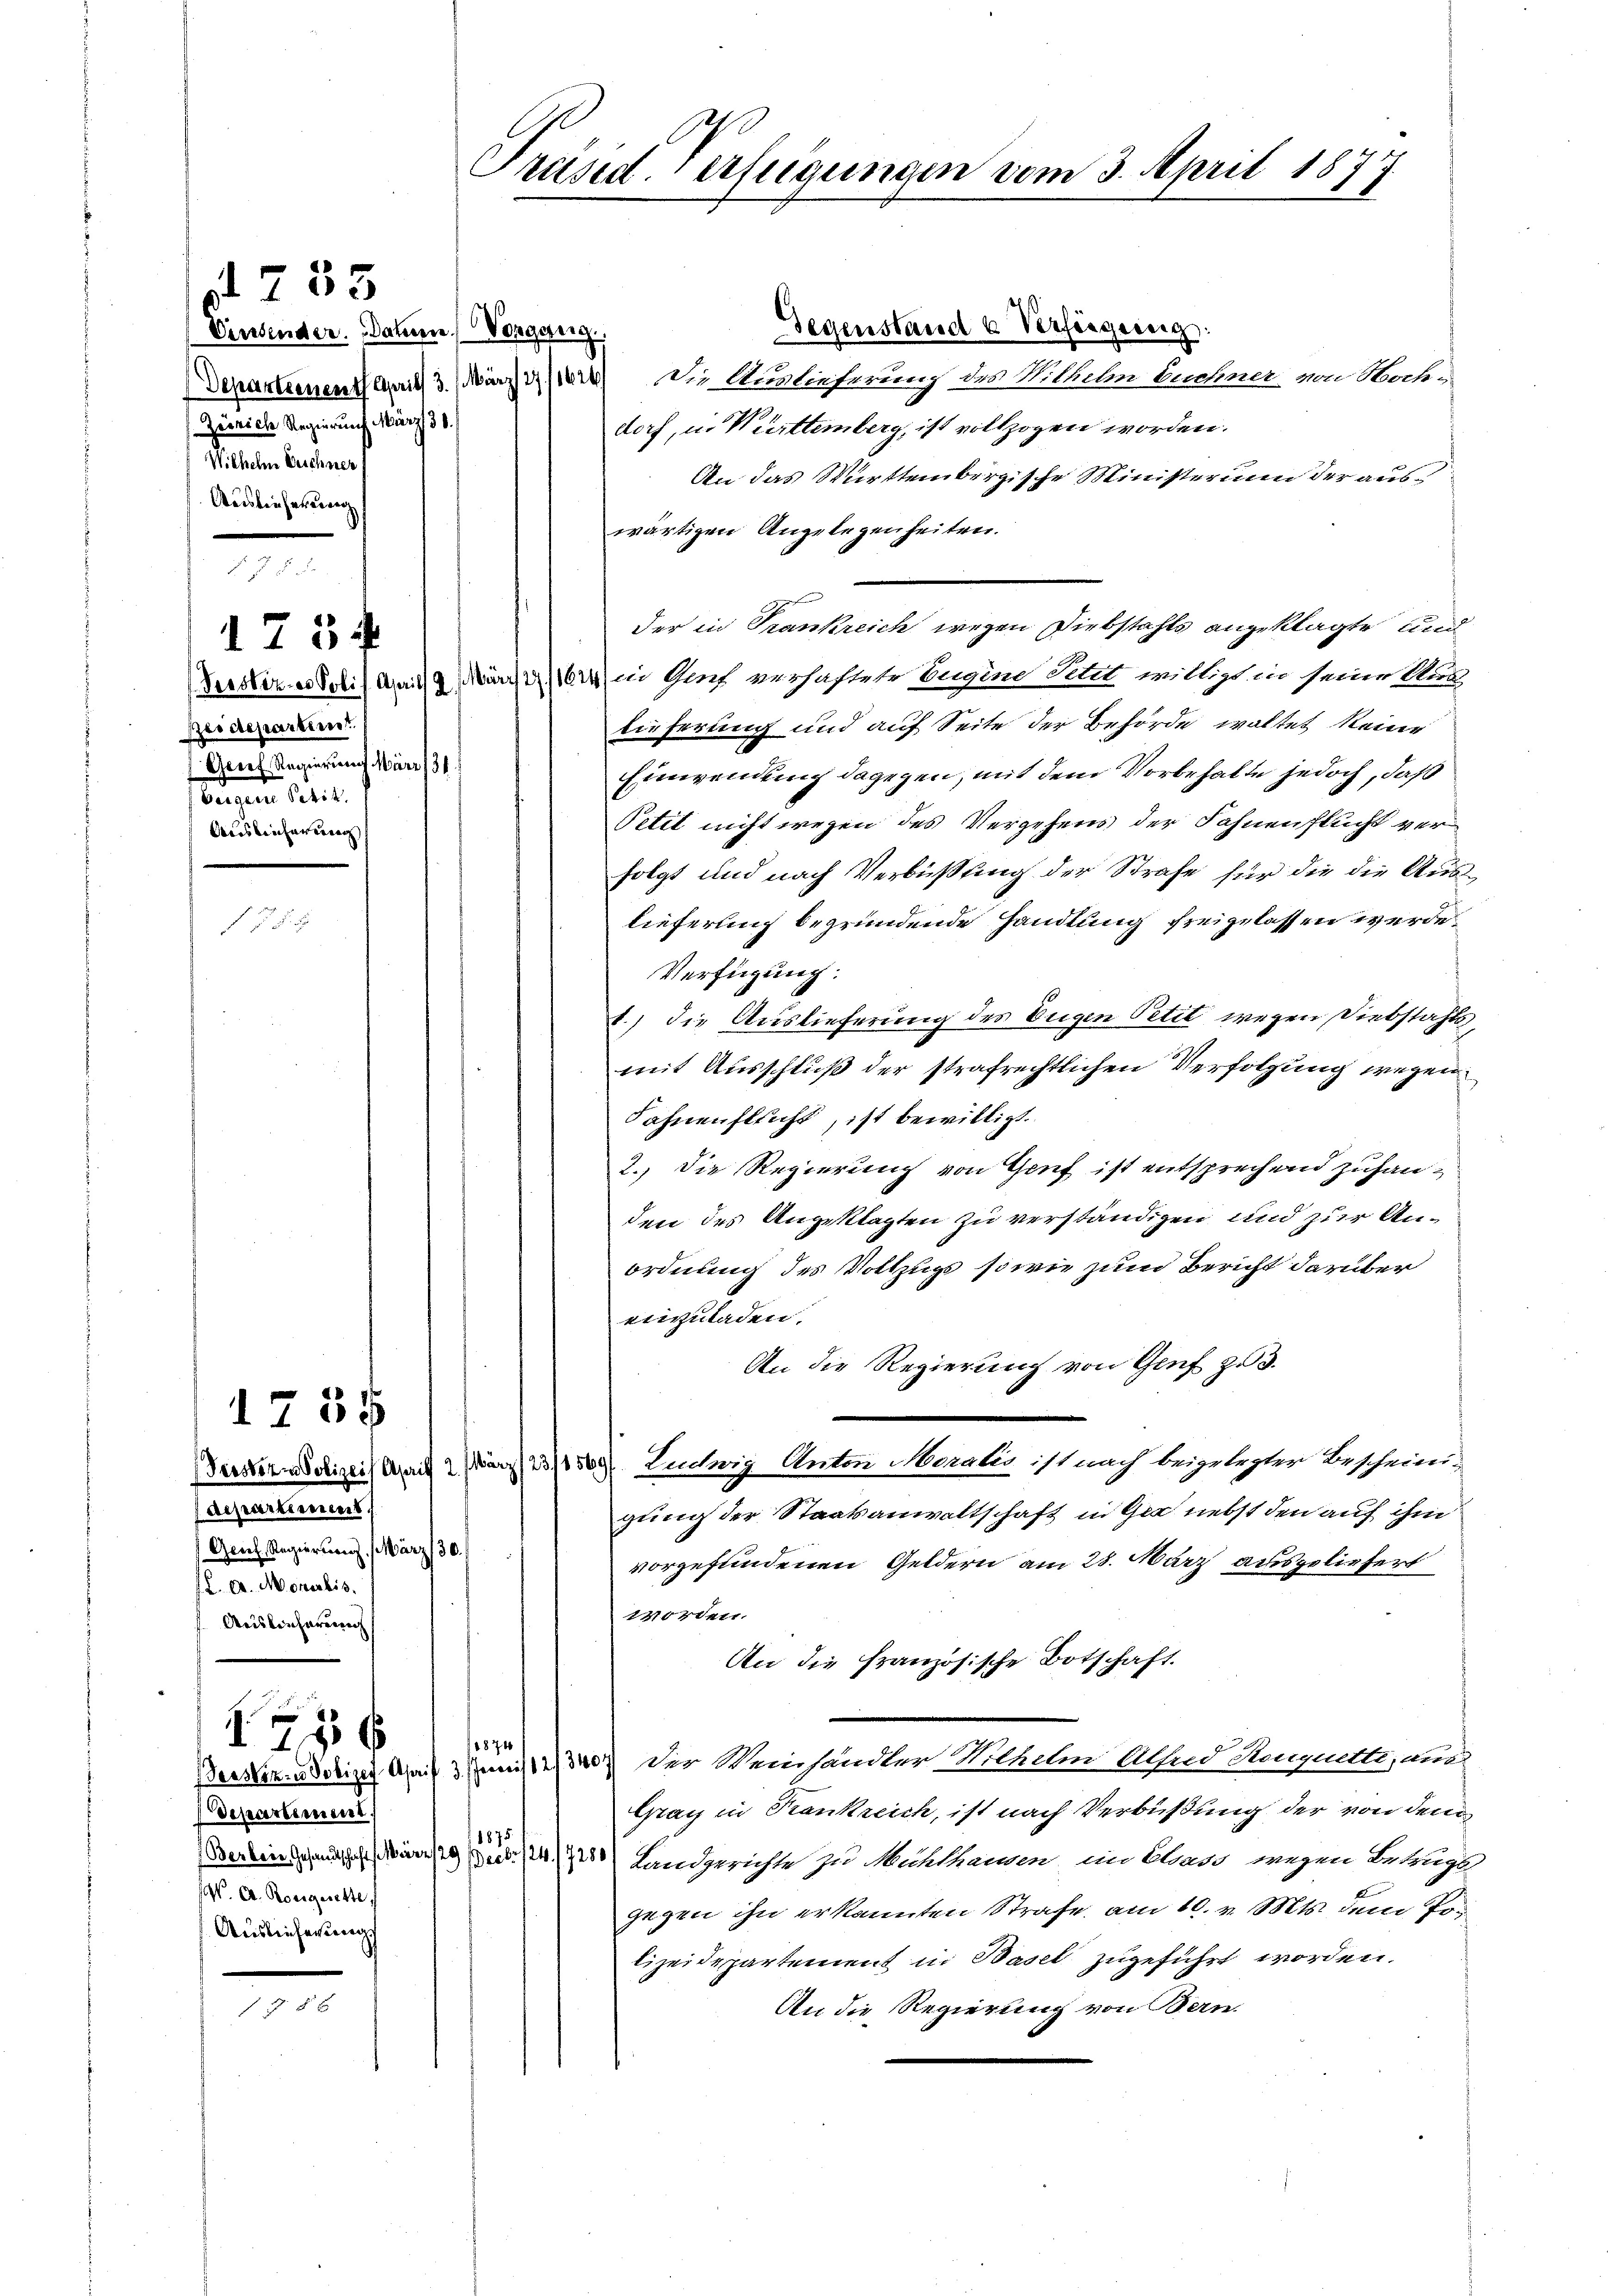
Cinsender. Dahin Vorgang.
Zürich Regierung März 30.
Wilhelm Weichner
Auslieferung

55

d 758

Piscrepartiret.
Grief Regierung März 131
brigen Petit
Ausreicherung

173 f

1755
departiement
Gerl. Regierung. März 130.
f L. A. Monechis.
Ausleicherung

 14 x
Departement
W. A. Rougiette
Auslieferungs

58 x

Gegenstand u Verfügung:
Departementag 3. März 194) Die Auslieferung des Wilhelm buchner von Hoch-
dorf, u. Württemberg, ist vollzogen worden.
An das Württembergische Ministerium der auswärtigen Angelegenheiten.
der in Trankreich wegen Diebstahls angeklagte und
Verstere Notif den März in Genf verhaftete Eugine Setzt willigt in seine Aus
lieferung und auf Seite der Behörde waltet keine
Einwendung dagegen, mit dem Vorbehalte jedoch, daß
Petit nicht wegen des Vergehens der Fahnenflucht verfolgt und nach Verbüßung der Strafe für die die Auslieferung begründende Handlung freigelassen werde,
Verfügung:
1.) Die Auslieferung des Eugen Petit wegen Diebstahls
mit Ausschluß der strafrechtlichen Verfolgung wegen
Fahnenflecht, ist bewilligt.
2.) Die Regierung von Genf ist entsprechend zuhanden des Angeklagten zu verständigen und zur Anordnung des Vollzugs, sowie zum Bericht darüber
einzuladen.
An die Regierung von Genf zu 3.
Terner Solizeit Arauf 2. März 15569/ Ludwig Anton Meralis ist nach beigelegter Bescheinigung der Staatsanwaltschaft in Ger nebst den auf ihm
vorgefundenen Geldern am 28. März ausgeliefert
worden.
An die französische Botschaft.
1874
Denserend dein Mit des der Weinhändler Wilhelm Allend Heuquette, und
Graz in Frankreich, ist nach Verbüßung der von dem
1875.
Berbeinschautschaft März 19 Feb. 14/728) Landgerichte zu Mühlhausen im Elsass wegen Betrugs
gegen ihn erkannten Strafe am 10. v. Mts. dem Pos
lizeidepartement in Basel zugeführt worden.
An die Regierung von Bern.

Präsiderfügungen vom 3. April 18